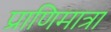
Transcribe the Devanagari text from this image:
प्राणिमात्रा